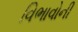
વિભાવોની